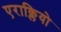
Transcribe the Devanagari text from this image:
एराक्लियो